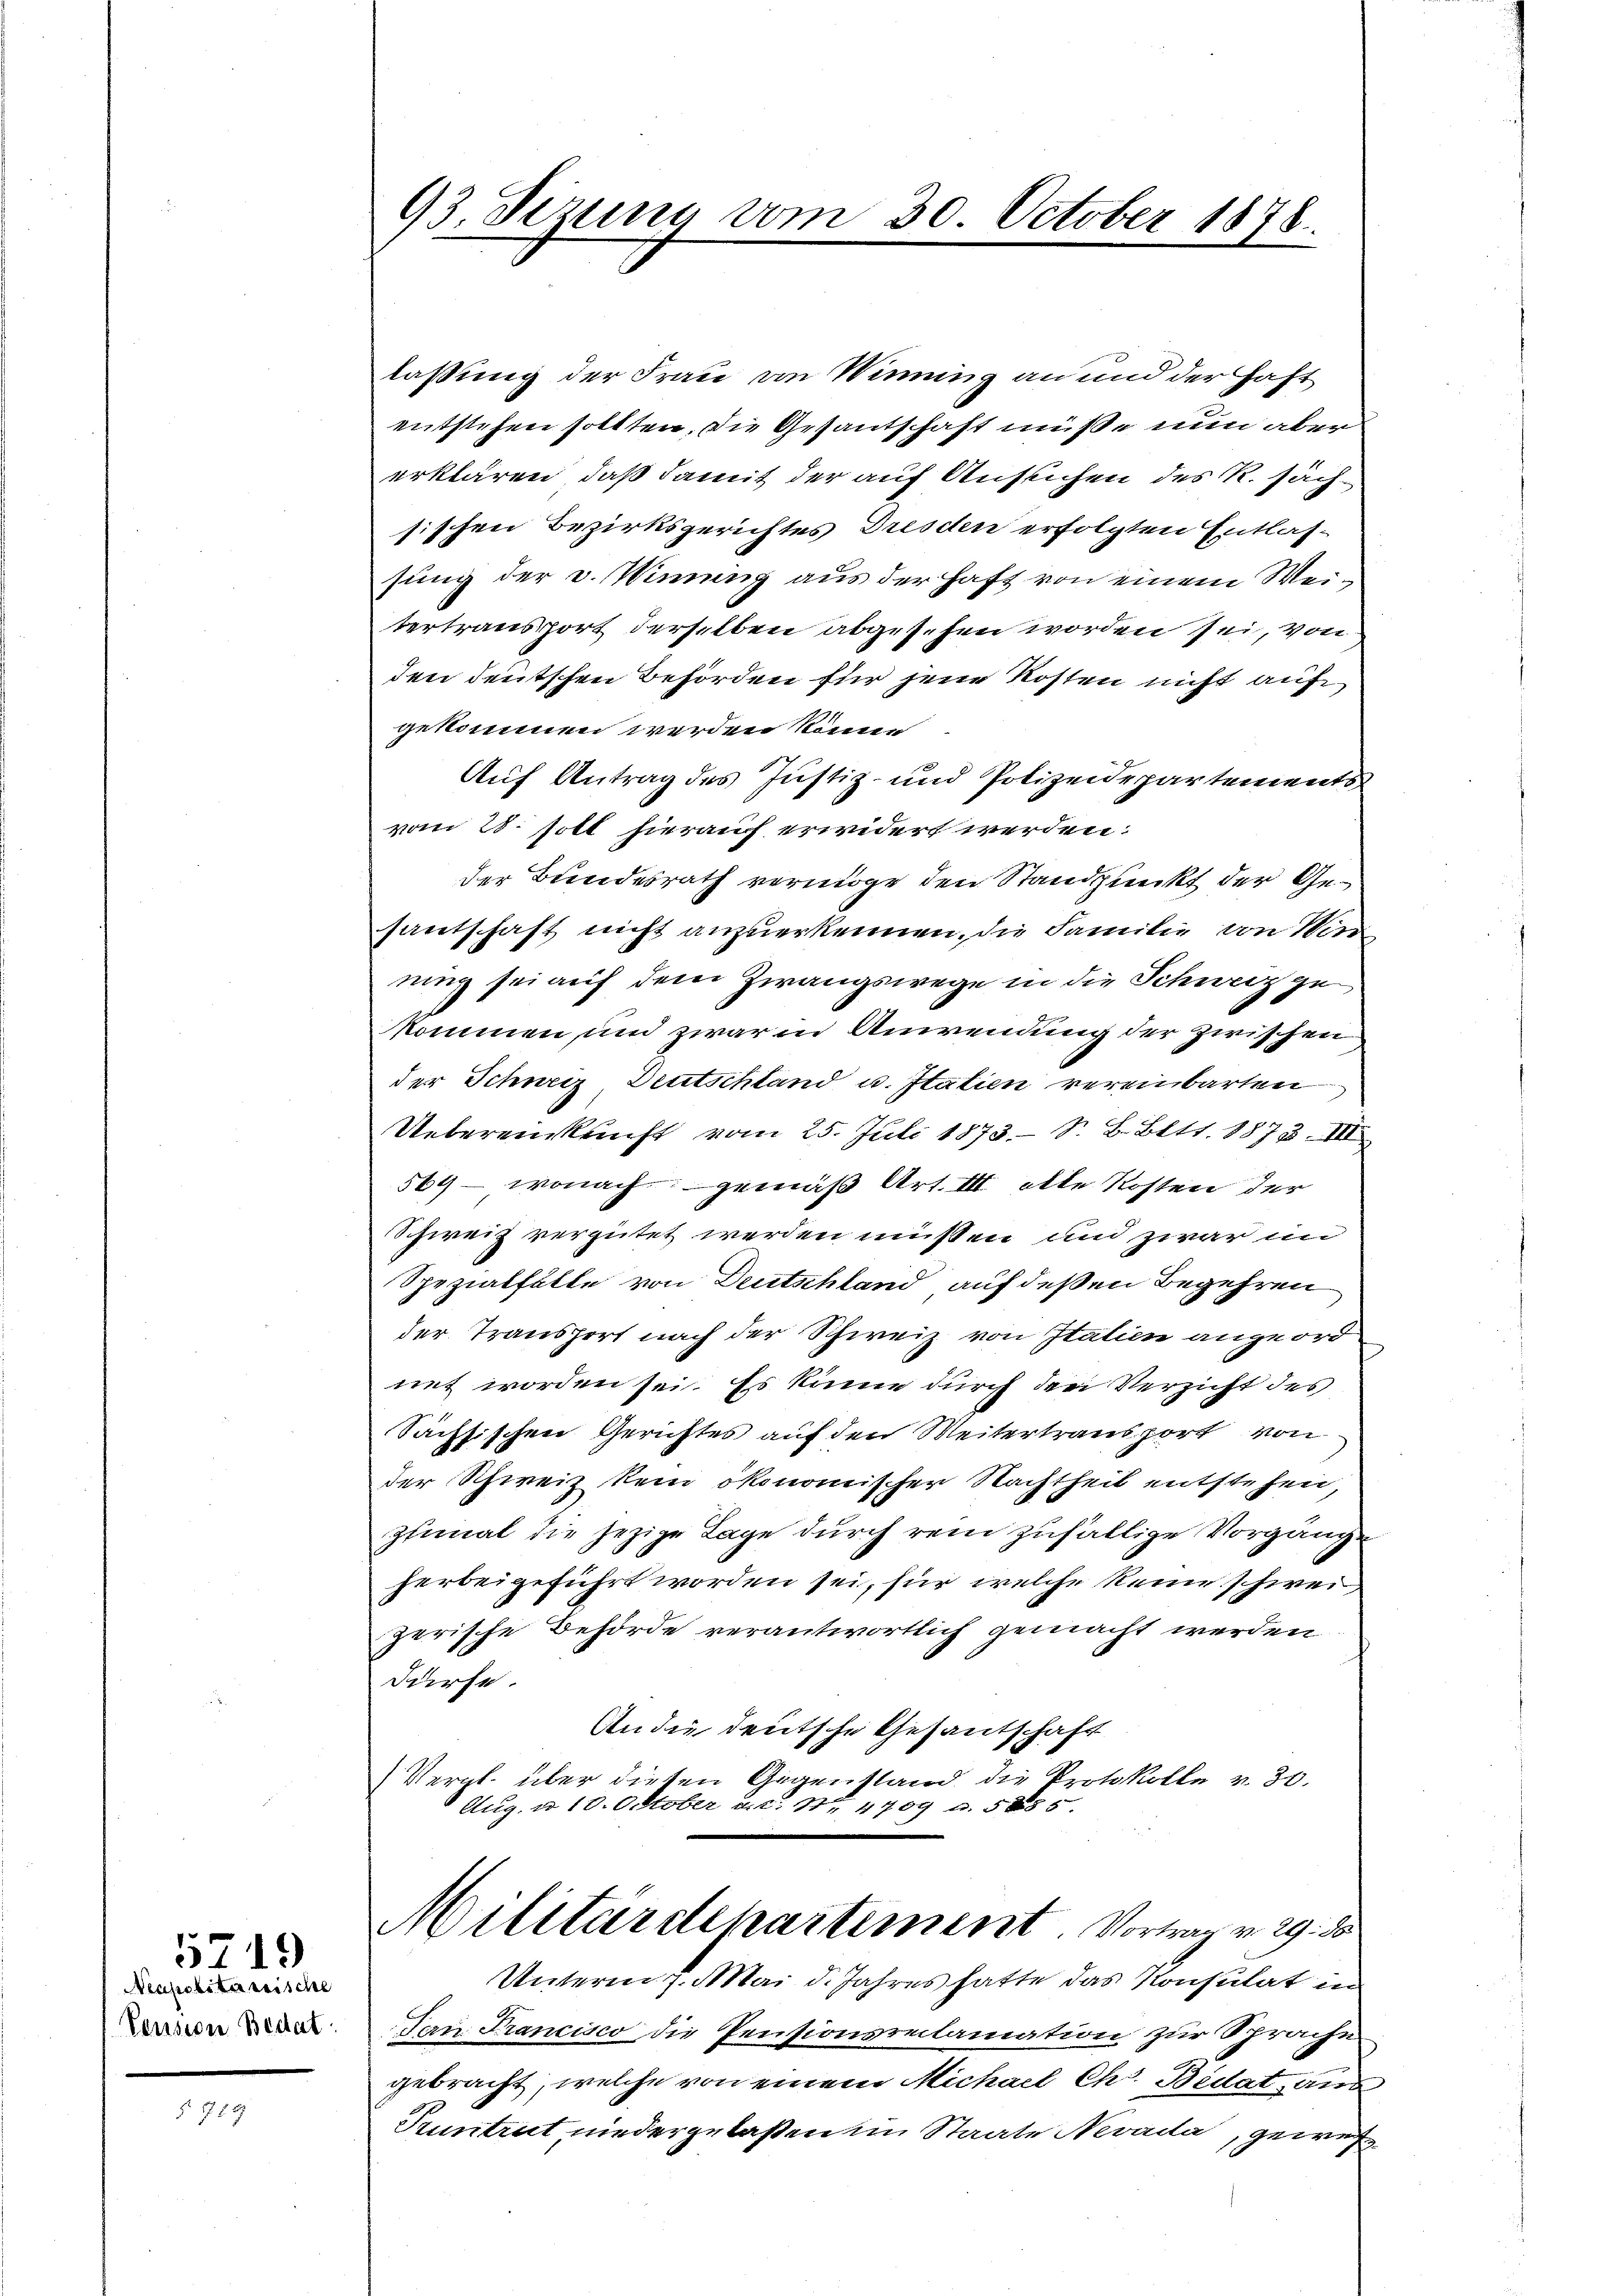
5719
Neapolitärrische
Pension Bedat

782

93 Sizung vom 30. October 1878.

lassung der Frau von Winung an und der haft
entstehen sollten, die Gesantschaft müße nun aber
erklären, daß damit der auf Ansuchen des R. sächsischen Bezirksgerichtes Dresden erfolgten Entlas-
sung der u. Winung aus der Haft von einem Weitertransport derselben abgesehen worden sei, von
den deutschen Behörden für jene Kosten nicht auf
gekommen werden könne
Auf Antrag des Justiz- und Polizeidepartements
vom 28. sott hierauf erwidert werden.
der Bundesrath vermöge den Standpunkt der Gesantschaft nicht anzuerkennen. Die Familie von Win
rung sei auf dem Zwangswege in die Schweiz gekomnen und zwar in Anwendung der zwischen
der Schweiz Deutschland u. Itatien vereinbarten
Uebereinkunft vom 25. Juli 1873 S. B. Bett. 8878. III
564 - wonach gemäß Art. III alle Kosten der
Schweiz vergütet werden müssen und zwar im
Spezialfalle von Deutschland auf deßen Begehren
der Transport nach der Schweiz von Italien angeord
net worden sei. Es könne durch der Verzicht des
Sächsischen Gerichtes auf den Weitertraus port von
der Schweiz kein ökonomischer Nachtheil entstehen,
pfimal die jezige Lage durch rein zufällige Vorgänge
herbeigeführt worden sei, für welche keine schweizerische Behörde verantwortlich gemacht werden
dürfe.
An die deutsche Gesantschaft
Vergl. über diesen Gegenstand die Protokolle v. 30.
Aug. u 10. Oktober a.c. S. 4709 u. 5885.
Militärdepartement. Vortrag v. 29. d
Unterm 7. Mai d. Jahres hatte das Konsulat in
dan Francisco die Pensionsreclamation zur Sprache
gebracht, welche von einem Michael Chr. Bedat aus
Pruntrut niedergelaßen im Staate Nevada, gewes